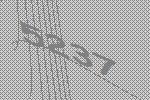
5237